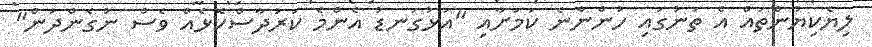
ލިޔެކިޔުންތައް އެ ތަނުގައި ހުންނާނެ ކަމަށާއި "އަޅުގަނޑު އެންމެ ކަރުދާސްކޮޅެއް ވެސް ނުގެންދަން"